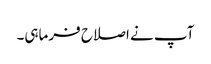
آپ نے اصلاح فرماہی۔